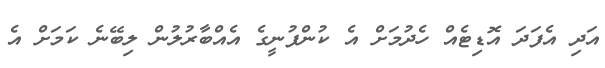
އަދި އެފަދަ އޮޑިޓެއް ހެދުމަށް އެ ކުންފުނީގެ އެއްބާރުލުން ލިބޭނެ ކަމަށް އެ